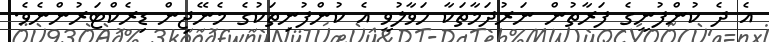
އެ ދެ ކުންފުނީގެ ފަރާތުން ނަރުދަމާތަކާ ހަވާލުވީ އެ ކުންފުނިތަކުގެ މެނޭޖިން ޑިރެކްޓަރުންނެވެ.